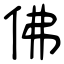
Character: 佛